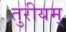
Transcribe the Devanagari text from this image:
तुरीयम्